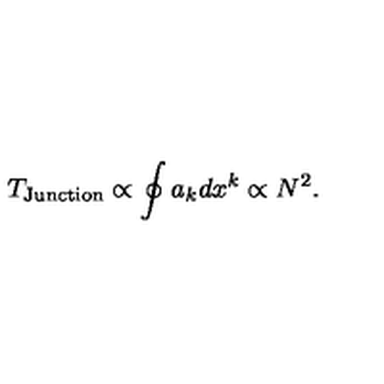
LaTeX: T _ { \mathrm { J u n c t i o n } } \propto \oint a _ { k } d x ^ { k } \propto N ^ { 2 } .